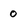
Character: o